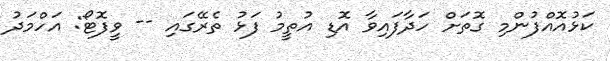
ކަޅުއޮއްފުންމި ގޮތަށް ހަދާފައިވާ އޮޑި އުތީމު ފަޅު ތެރޭގައި -- ވީފޮޓޯ: އަހްމަދު